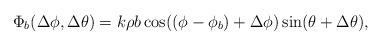
LaTeX: \begin{align*}\Phi _{b}(\Delta \phi ,\Delta \theta ) = k\rho b\cos ((\phi -\phi _{b})+\Delta \phi )\sin (\theta +\Delta \theta ) ,\end{align*}